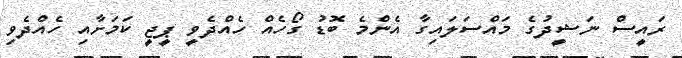
ރައީސް ނަޝީދުގެ މައްސަލައިގާ އެންމެ ބޮޑު ގޯހެއް ހެއްދެވީ ޕީޖީ ކަމަށާއި ހެއްދެވި